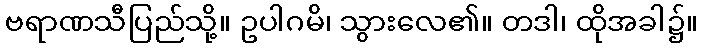
ဗရာဏသီပြည်သို့။ ဥပါဂမိ၊ သွားလေ၏။ တဒါ၊ ထိုအခါ၌။